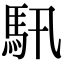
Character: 𩡰